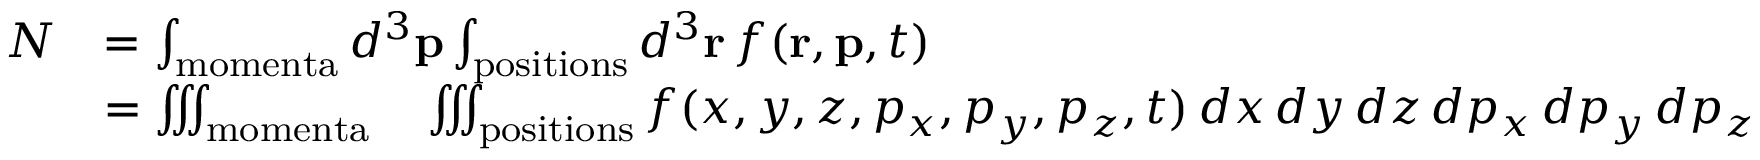
{ \begin{array} { r l } { N } & { = \int _ { \mathrm { m o m e n t a } } d ^ { 3 } \mathbf { p } \int _ { \mathrm { p o s i t i o n s } } d ^ { 3 } \mathbf { r } \, f ( \mathbf { r } , \mathbf { p } , t ) } \\ & { = \iiint _ { \mathrm { m o m e n t a } } \quad \iiint _ { \mathrm { p o s i t i o n s } } f ( x , y , z , p _ { x } , p _ { y } , p _ { z } , t ) \, d x \, d y \, d z \, d p _ { x } \, d p _ { y } \, d p _ { z } } \end{array} }